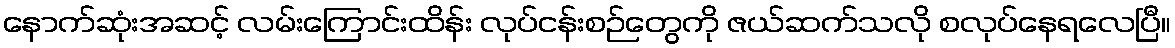
နောက်ဆုံးအဆင့် လမ်းကြောင်းထိန်း လုပ်ငန်းစဉ်တွေကို ဇယ်ဆက်သလို စလုပ်နေရလေပြီ။